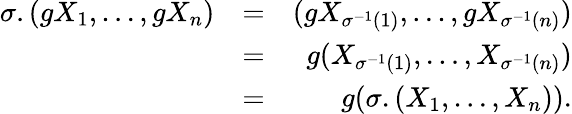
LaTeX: \begin{array}{rlr}{\sigma.(gX_{1},\ldots,gX_{n})}&{=}&{(gX_{\sigma^{-1}(1)},\ldots,gX_{\sigma^{-1}(n)})}\\ &{=}&{g(X_{\sigma^{-1}(1)},\ldots,X_{\sigma^{-1}(n)})}\\ &{=}&{g(\sigma.(X_{1},\ldots,X_{n})).}\end{array}